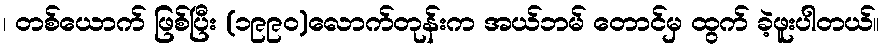
၊ တစ်ယောက် ဖြစ်ပြီး (၁၉၉၀)လောက်တုန်းက အယ်ဘမ် တောင်မှ ထွက် ခဲ့ဖူးပါတယ်။